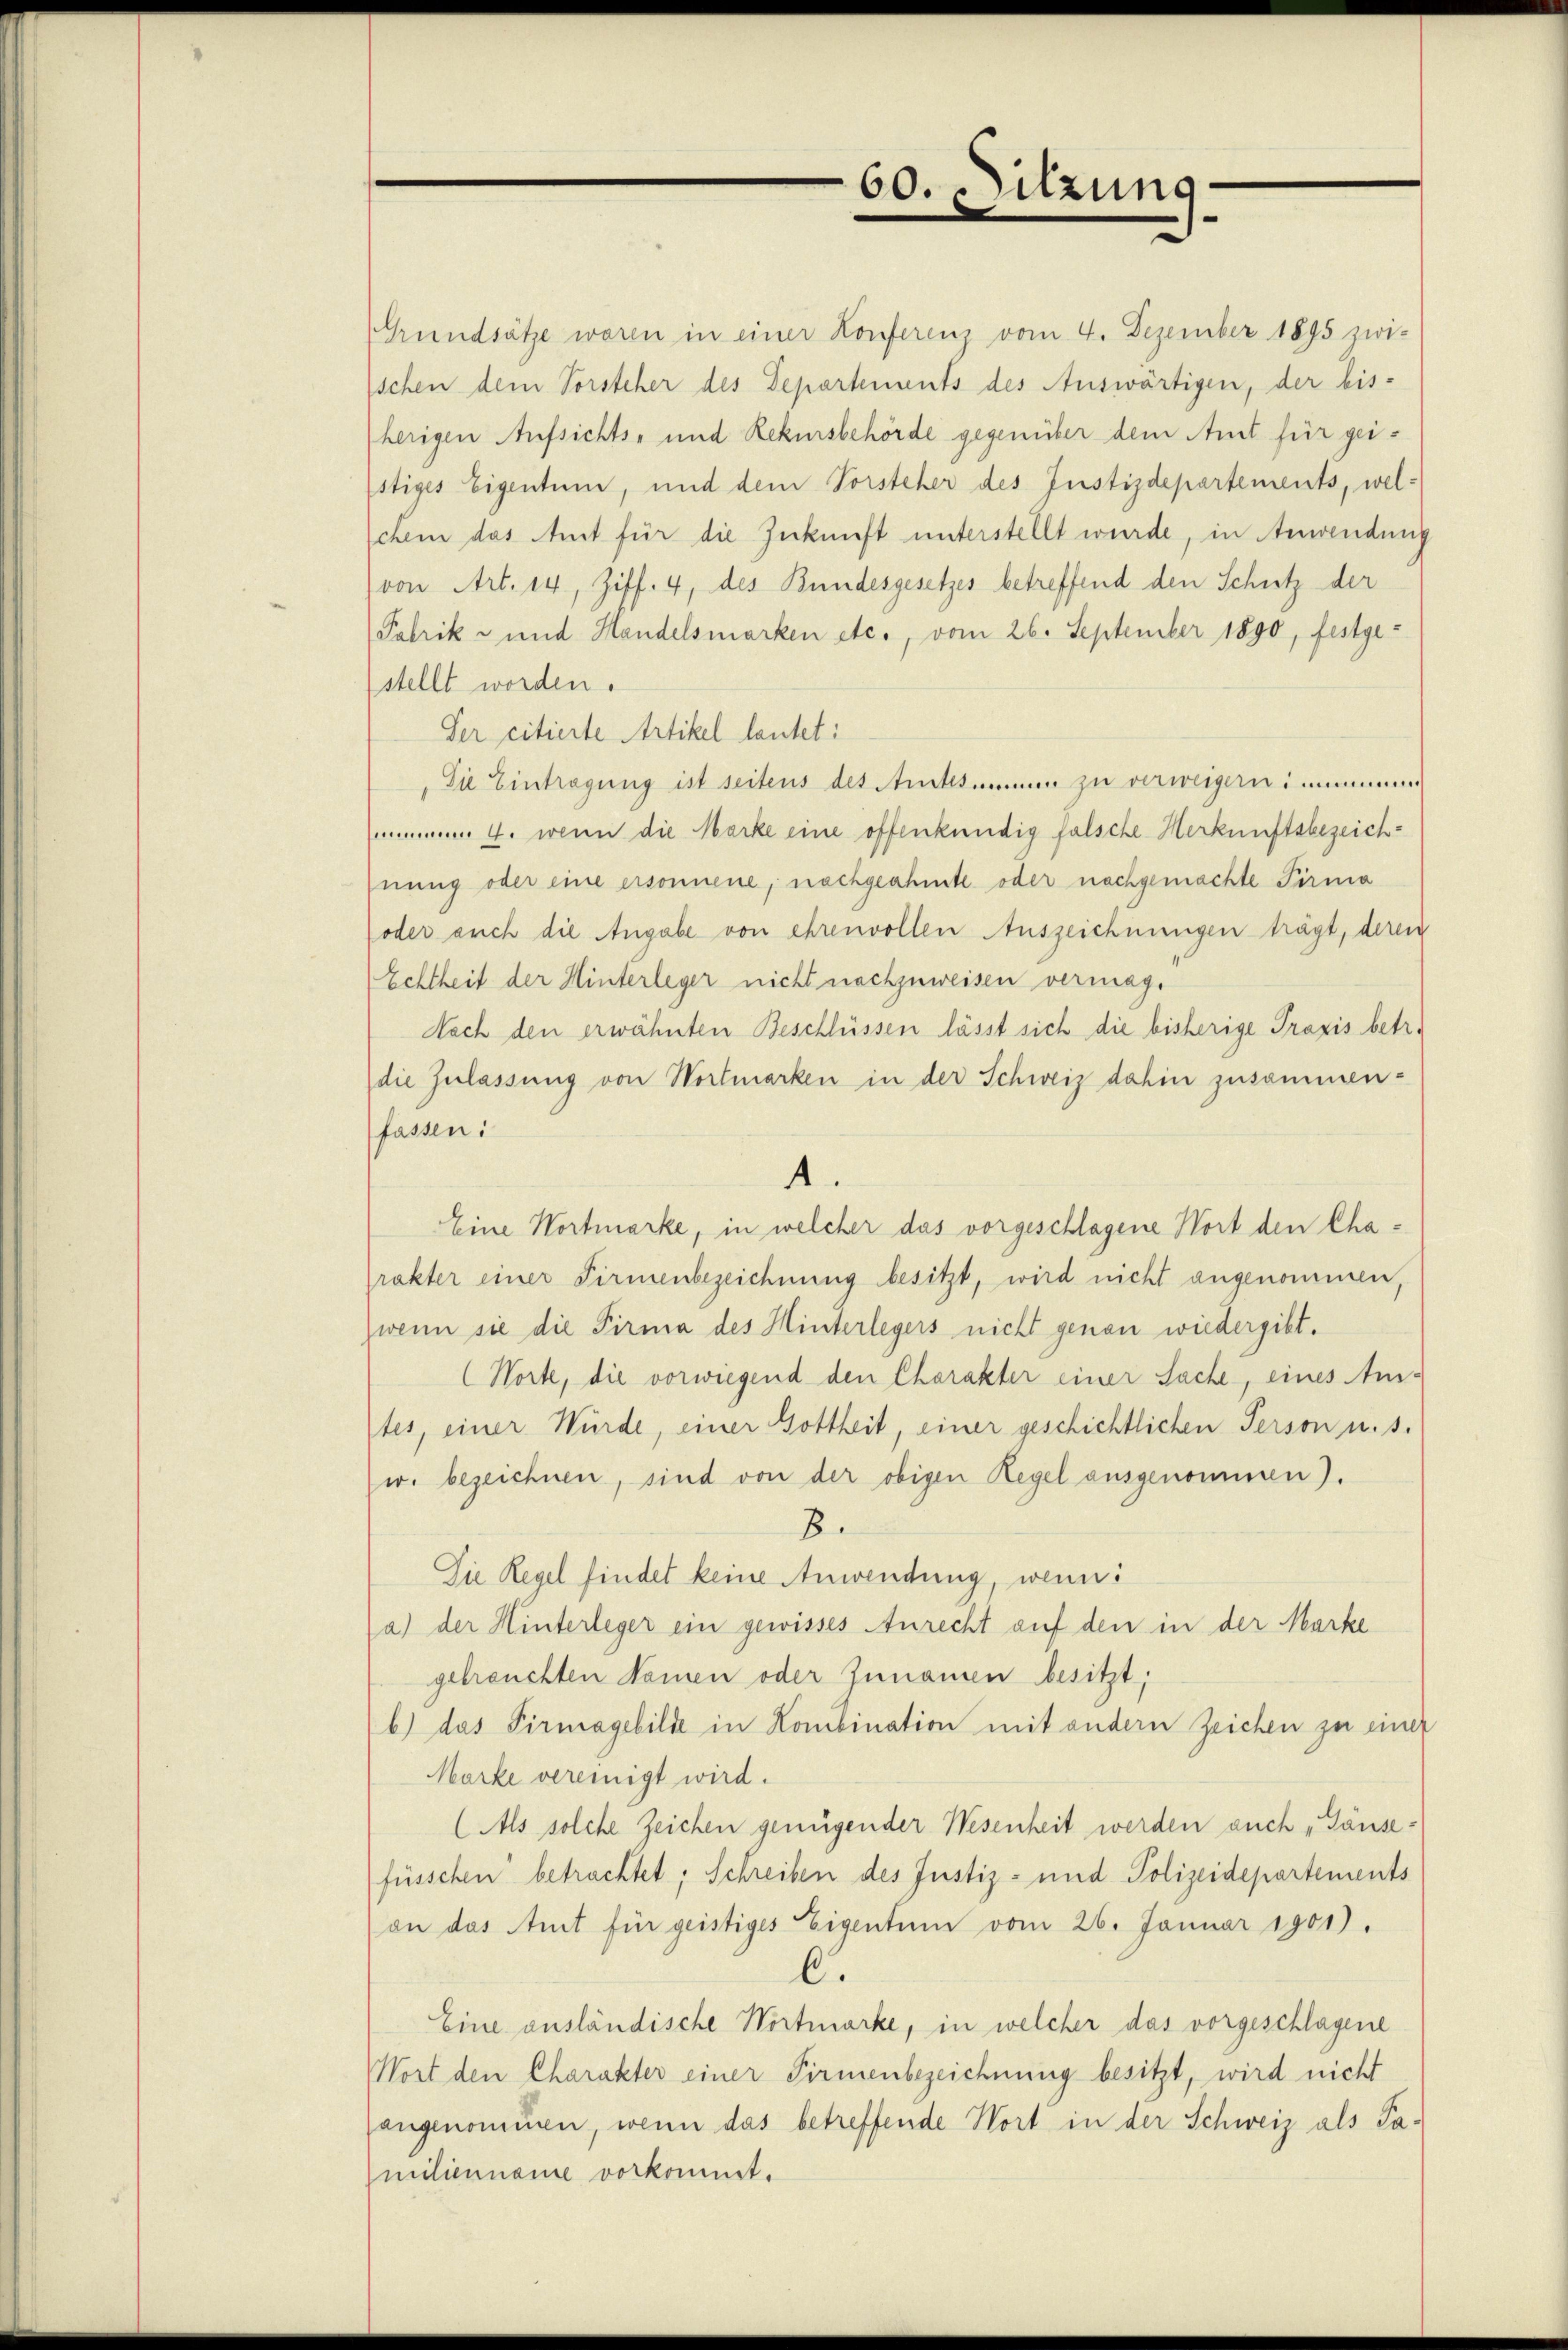
60. Sitzung

Grundsätze waren in einer Konferenz vom 4. Dezember 1895 zwi-
schen dem Vorsteher des Departements des Auswärtigen, der bis-
herigen Aufsichts- und Rekursbehörde gegenüber dem Amt für gei¬
Estiges Eigentum, und dem Vorsteher des Justizdepartements, welchem das Amt für die Zukunft unterstellt wurde, in Anwendung
von Art. 14, Ziff. 4, des Bundesgesetzes betreffend den Schutz der
Fabrik- und Handelsmarken etc., vom 26. September 1890, festge-
stellt worden.
Der citierte Artikel lautet:
Die Eintragung ist seitens des Ankommen zu verweigern immen
am 4. wenn die Marke eine offenkundig falsche Herkunftsbezeich-
nung oder eine ersonnene, nachgeahmte oder nachgemachte Firma
oder auch die Angabe von ehrenvollen Auszeichnungen trägt, deren
Echtheit der Hinterleger nicht nachzuweisen vermag.
Nach den erwähnten Beschlüssen lässt sich die bisherige Praxis betr.
die Zulassung von Wortmarken in der Schweiz dahin zusammen-
fassen:
4.
Eine Wortmarke, in welcher das vorgeschlagene Wort den Charakter einer Firmenbezeichnung besitzt, wird nicht angenommen,
wenn sie die Firma des Hinterlegers nicht genau wiedergibt.
(Worte, die vorwiegend den Charakter einer Sache, eines An-
tes, einer Würde, einer Gottheit, einer geschichtlichen Person u. s.
w. bezeichnen, sind von der obigen Regel ausgenommen).
8.
Die Regel findet keine Anwendung, wenn
(a) der Hinterleger ein gewisses Anrecht auf den in der Marke
gebrauchten Namen oder Zunamen besitzt;
b) das Pirmagebilde in Kombination mit andern Zeichen zu einer
Marke vereinigt wird.
(Als solche Zeichen genügender Wesenheit werden auch „Gänsefüsschen betrachtet; Schreiben des Justiz- und Polizeidepartements
on das Amt für geistiges Eigentum vom 26. Januar 1901).
C.
Eine ausländische Wortmarke, in welcher das vorgeschlagene
Wort den Charakter einer Firmenbezeichnung besitzt, wird nicht
angenommen, wenn das betreffende Wort in der Schweiz als Pamilienname vorkommt.